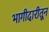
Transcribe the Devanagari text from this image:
भागीदारीतून